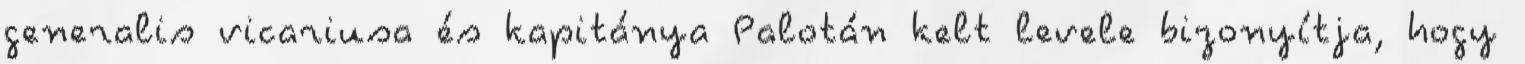
generalis vicariusa és kapitánya Palotán kelt levele bizonyítja, hogy